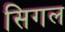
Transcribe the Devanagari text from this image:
सिगल